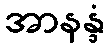
အာနန္ဒံ